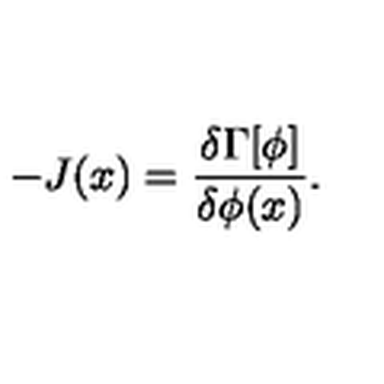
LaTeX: - J ( x ) = \frac { \delta \Gamma [ \phi ] } { \delta \phi ( x ) } .